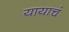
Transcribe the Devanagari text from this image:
यायाचं